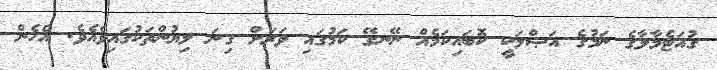
ގުއަޓެމާލާގެ ނަމުގެ އަޞްލަކީ ކޮބައިކަމެއް ނޭނގޭ ކަމުގައި ވަރަށް ގިނަ ލިޔުންތަކުގައިވެއެވެ. އެހެން